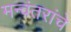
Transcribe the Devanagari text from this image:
मन्वंतरांचे